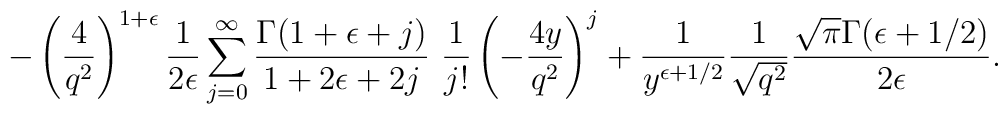
-\left(\frac{4}{q^2}\right)^{1+\epsilon} \frac{1}{2\epsilon}\sum_{j=0}^{\infty} \frac{\Gamma(1+\epsilon+j)}{1+2\epsilon+2j}~\frac{1}{j!} \left(-\frac{4y}{q^2}\right)^j+\frac{1}{y^{\epsilon+1/2}}\frac{1}{\sqrt{q^2}}\frac{\sqrt{\pi}\Gamma(\epsilon+1/2)}{2\epsilon}.